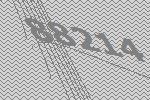
88214